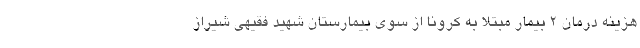
هزینه درمان ۲ بیمار مبتلا به کرونا از سوی بیمارستان شهید فقیهی شیراز